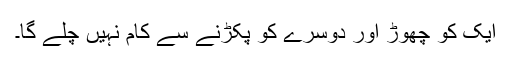
ایک کو چھوڑ اور دوسرے کو پکڑنے سے کام نہیں چلے گا۔